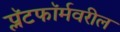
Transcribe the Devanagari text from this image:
प्लॅटफॉर्मवरील